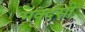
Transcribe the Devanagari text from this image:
मक्दसी